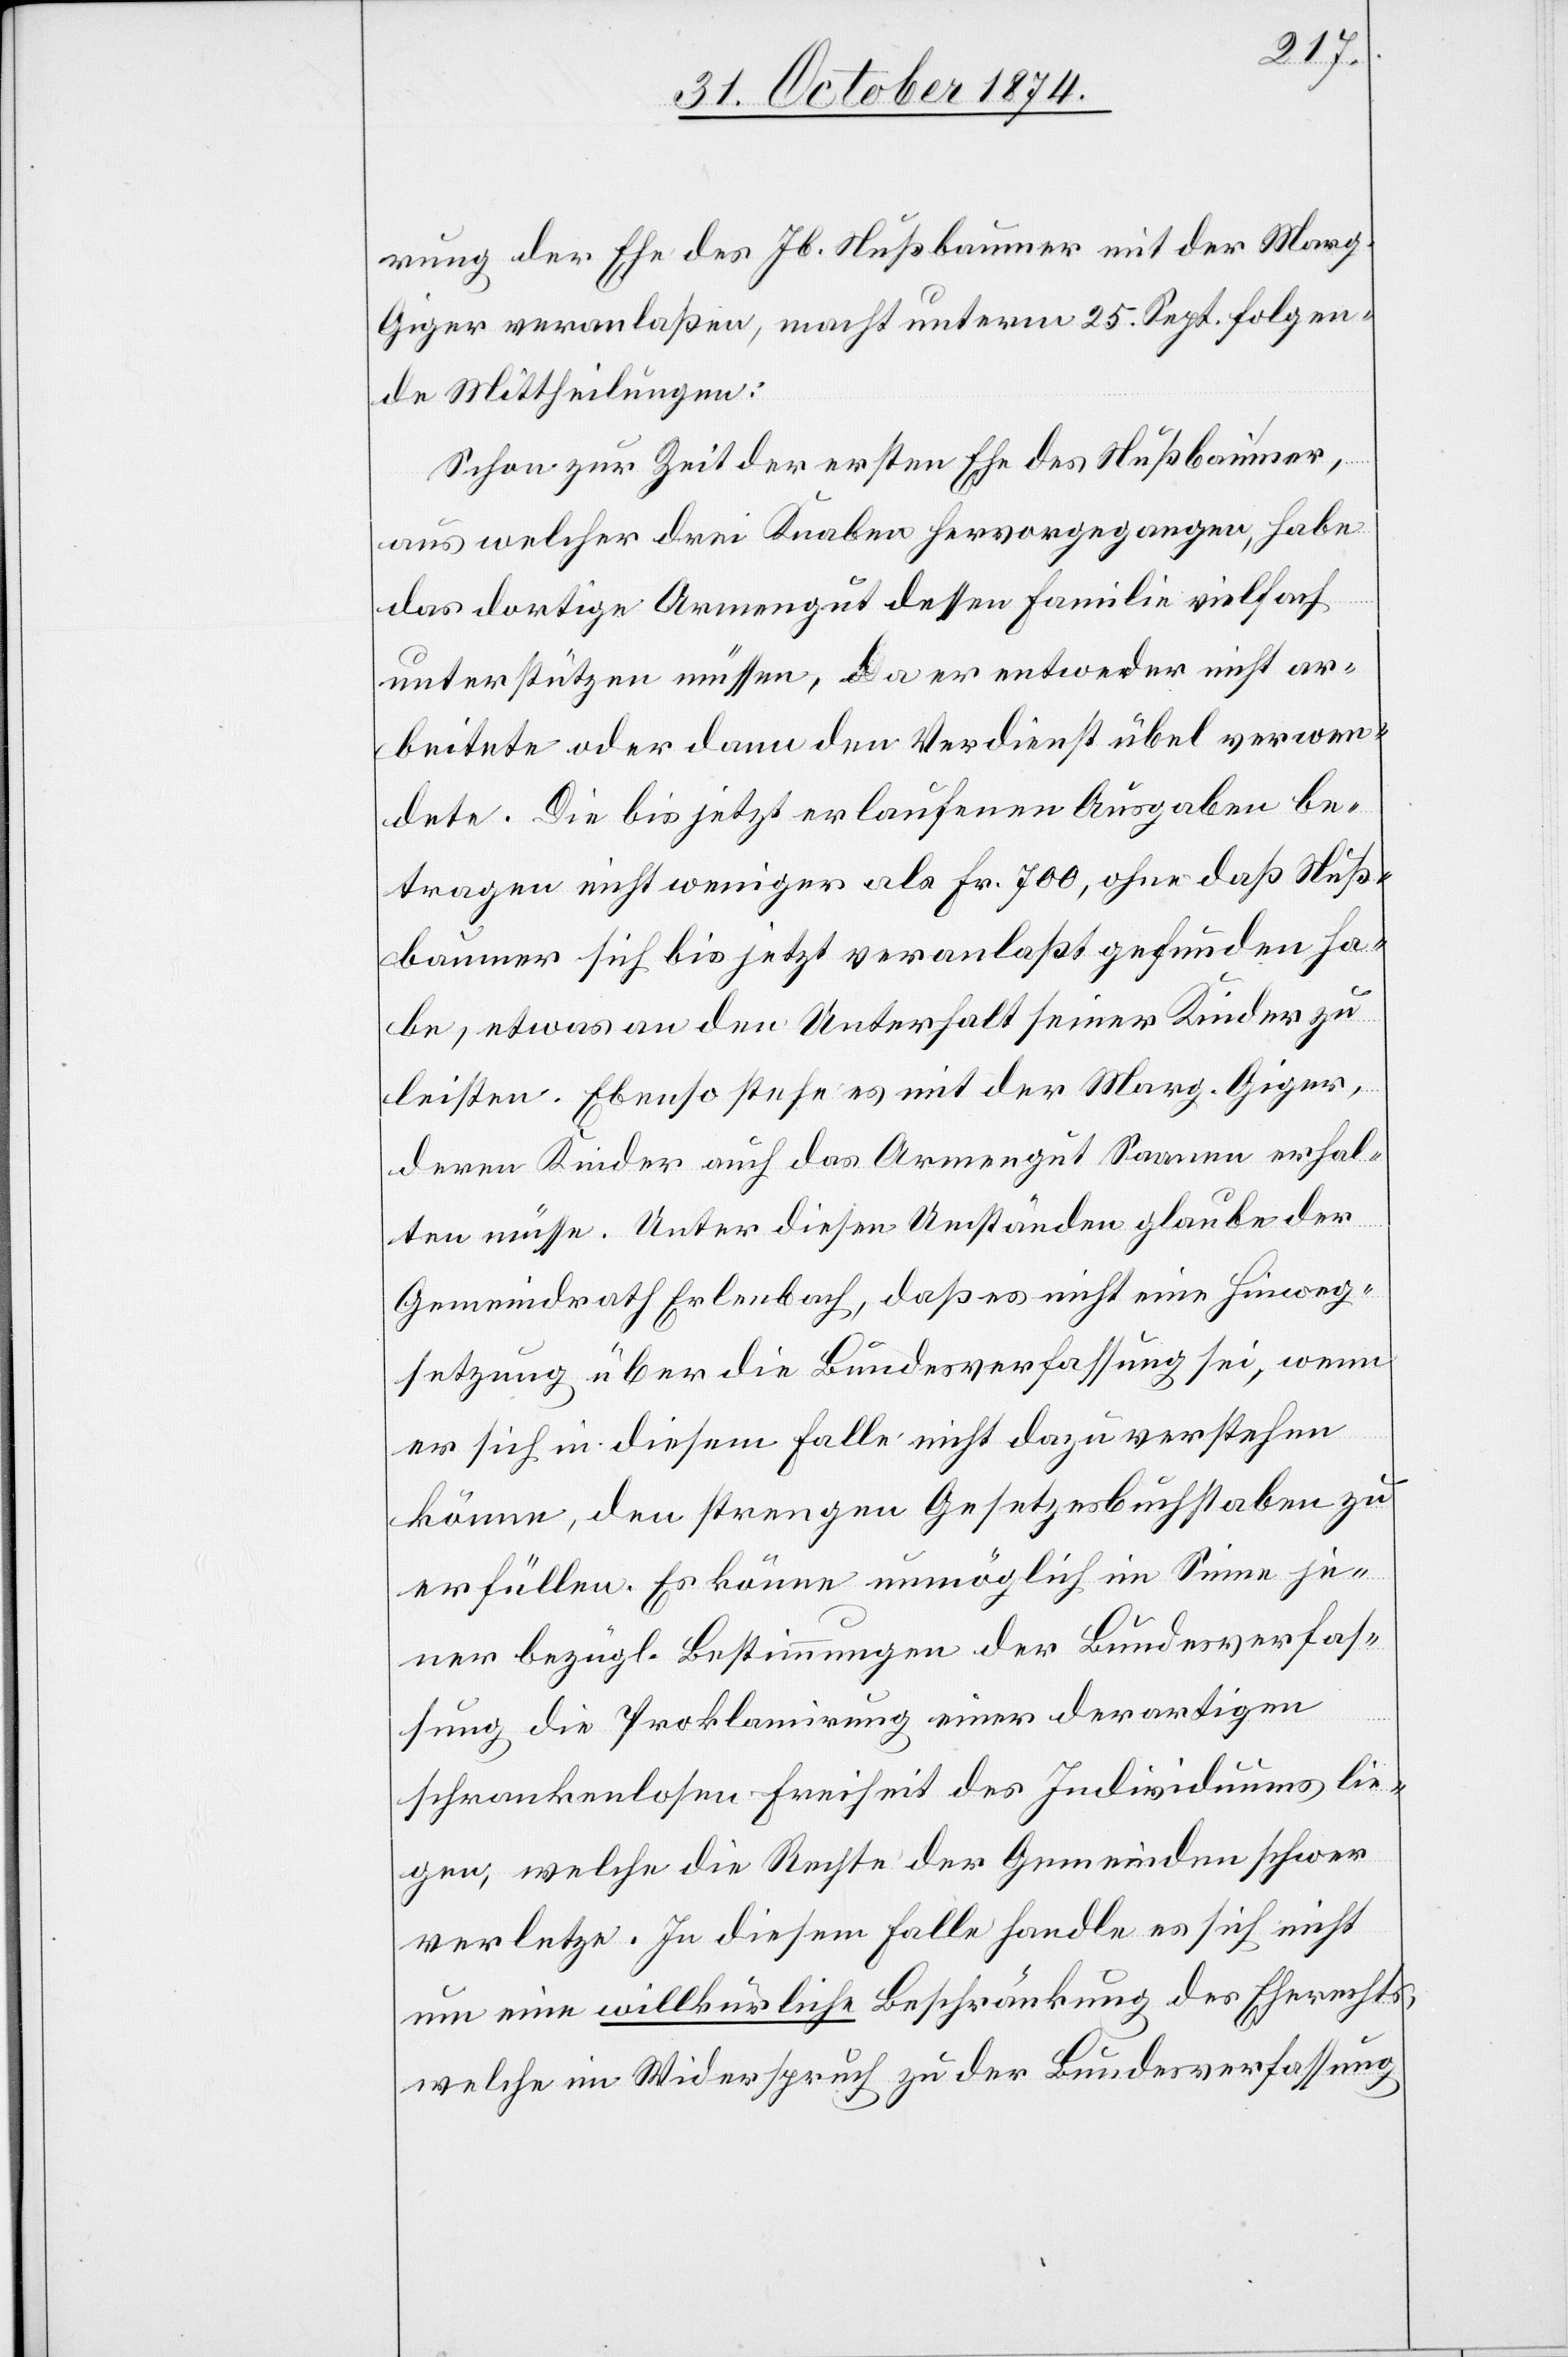
rung der Ehe des Jb. Nußbaumer mit der Marg.
Giger veranlaßen, macht unterm 25. Sept. folgen¬
de Mittheilungen:
Schon zur Zeit der ersten Ehe des Nußbaumer,
aus welcher drei Knaben hervorgegangen, habe
das dortige Armengut dessen Familie vielfach
unterstützen müssen, da er entweder nicht ar¬
beitete oder dann den Verdienst übel verwen¬
dete. Die bis jetzt erlaufenen Ausgaben be¬
tragen nicht weniger als Fr. 700, ohne daß Nuß¬
baumer sich bis jetzt veranlaßt gefunden ha¬
be, etwas an den Unterhalt seiner Kinder zu
leisten. Ebenso stehe es mit der Marg. Giger,
deren Kinder auch das Armengut Saanen erhal¬
ten müsse. Unter diesen Umständen glaube der
Gemeindrath Erlenbach, daß es nicht eine Hinweg¬
setzung über die Bundesverfassung sei, wenn
es sich in diesem Falle nicht dazu verstehen
könne, den strengen Gesetzesbuchstaben zu
erfüllen. Es könne unmöglich im Sinne je¬
ner bezügl. Bestimmungen der Bundesverfas¬
sung die Proklamirung einer derartigen
schrankenlosen Freiheit des Individuums lie¬
gen, welche die Rechte der Gemeinden schwer
verletze. In diesem Falle handle es sich nicht
um eine willkürliche Beschränkung des Eherechts,
welche im Widerspruch zu der Bundesverfassung